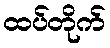
ထပ်တိုက်